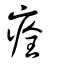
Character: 痊